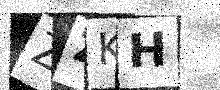
Text: ZZKH